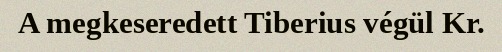
A megkeseredett Tiberius végül Kr.